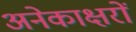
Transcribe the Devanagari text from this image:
अनेकाक्षरों